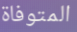
المتوفاة